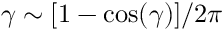
\gamma \sim [ 1 - \cos ( \gamma ) ] / 2 \pi